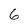
Character: 6